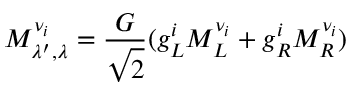
M _ { \lambda ^ { \prime } , \lambda } ^ { \nu _ { i } } = \frac { \displaystyle { G } } { \displaystyle { \sqrt { 2 } } } ( g _ { L } ^ { i } M _ { L } ^ { \nu _ { i } } + g _ { R } ^ { i } M _ { R } ^ { \nu _ { i } } )